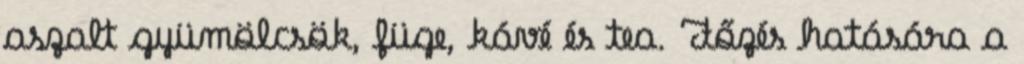
aszalt gyümölcsök, füge, kávé és tea. Főzés hatására a